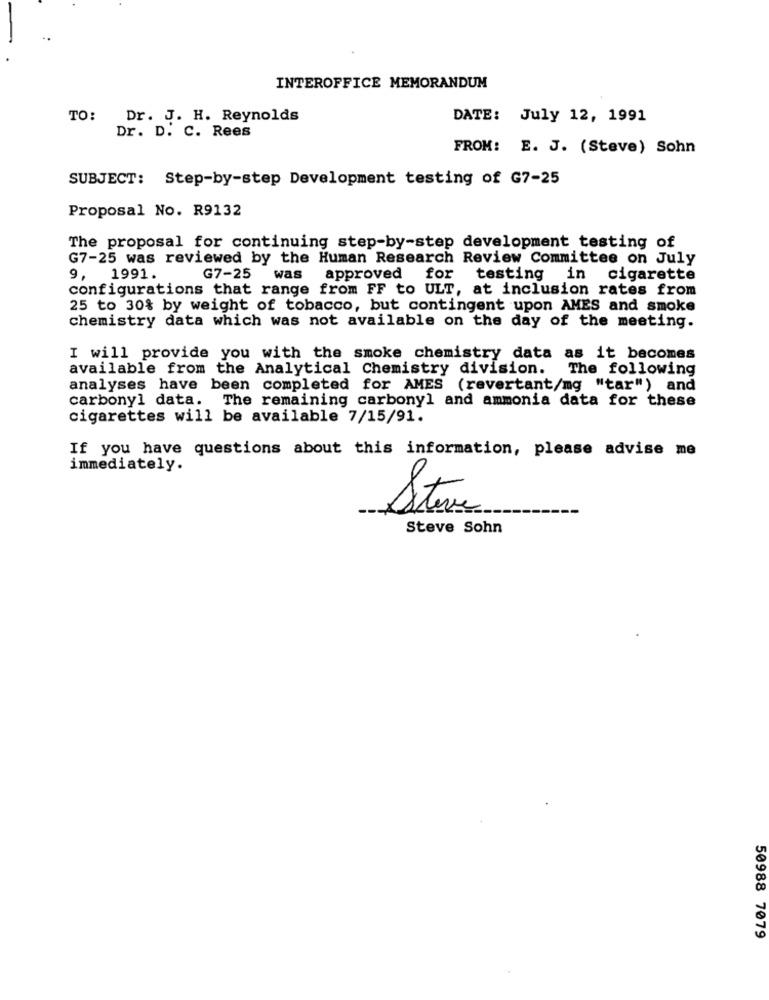
INTEROFFICE MEMORANDUM
TO: Dr. J. H. Reynolds
DATE: July 12, 1991
Dr. D. C. Rees
FROM: E. J. (Steve) Sohn
SUBJECT: Step-by-step Development testing of G7-25
Proposal No. R9132
The proposal for continuing step-by-step development testing of
G7-25 was reviewed by the Human Research Review Committee on July
9, 1991.
G7-25
was
approved
for
testing in cigarette
configurations that range from FF to ULT, at inclusion rates from
25 to 30% by weight of tobacco, but contingent upon AMES and smoke
chemistry data which was not available on the day of the meeting.
I will provide you with the smoke chemistry data as it becomes
available from the Analytical Chemistry division. The following
analyses have been completed for AMES (revertant/mg "tar") and
carbonyl data. The remaining carbonyl and ammonia data for these
cigarettes will be available 7/15/91.
If you have questions about this information, please advise me
immediately.
Steve Sohn
50988 7079